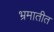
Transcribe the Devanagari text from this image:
भ्रमातीत